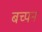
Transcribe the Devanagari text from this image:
बच्पन